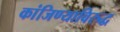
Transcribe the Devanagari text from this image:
कांजिण्याविरुद्ध